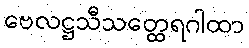
ဗေလဋ္ဌသီသတ္ထေရဂါထာ